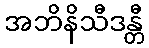
အဘိနိသီဒန္တီ